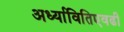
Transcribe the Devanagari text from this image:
अर्ध्यावितिएवढी